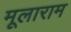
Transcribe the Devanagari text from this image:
मूलाराम